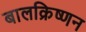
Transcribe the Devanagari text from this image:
बालक्रिष्णन